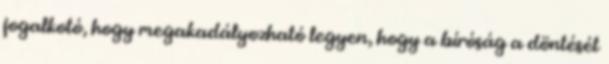
jogalkotó, hogy megakadályozható legyen, hogy a bíróság a döntését